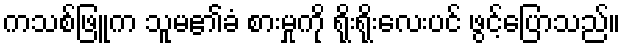
ကသစ်ဖြူက သူမ၏ခံ စားမှုကို ရိုးရိုးလေးပင် ဖွင့်ပြောသည်။